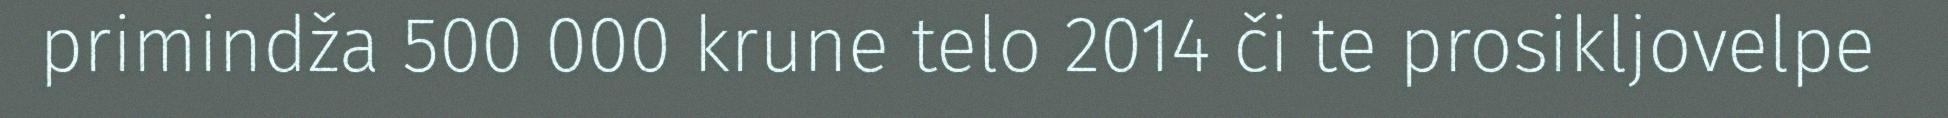
primindža 500 000 krune telo 2014 či te prosikljovelpe